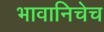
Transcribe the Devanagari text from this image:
भावानिचेच